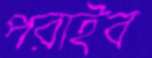
পরাইব